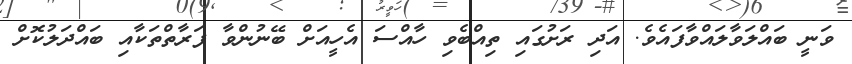
ވަނީ ބައްލަވާލައްވާފައެވެ. އަދި ރަށުގައި ތިއްބެވި ހާއްސަ އެހީއަށް ބޭނުންވާ ފަރާތްތަކާއި ބައްދަލުކޮށް